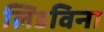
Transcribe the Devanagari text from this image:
लिडविना